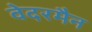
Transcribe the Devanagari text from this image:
वेदरमैन